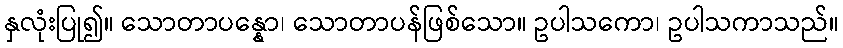
နှလုံးပြု၍။ သောတာပန္နော၊ သောတာပန်ဖြစ်သော။ ဥပါသကော၊ ဥပါသကာသည်။